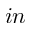
i n